Notes on vaccination in the North-West Frontier Province 1923-1928 - 1923-1928
Year: 1923
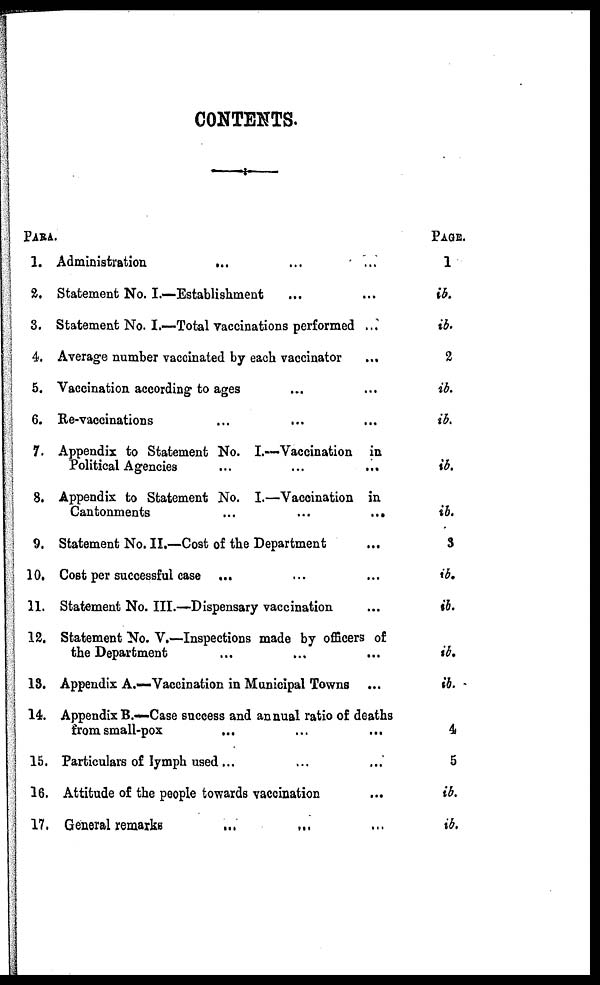
CONTENTS.
PARA.
1.
2.
3.
4.
5.
6.
7.
8.
9.
10.
11.
12.
13.
14.
15.
16.
17.
Administration
... ... ...
Statement No. I.—Establishment ... ...
Statement No. I.—Total vaccinations performed ...
Average number vaccinated by each vaccinator
...
Vaccination according to ages ... ...
Re-vaccinations ... ... ...
Appendix to Statement No. I.—Vaccination in
Political Agencies
...
...
...
Appendix to Statement No. I.—Vaccination in
Cantonments
...
...
...
Statement No. II.—Cost of the Department
Cost per successful case ... ... ...
Statement No. III.—Dispensary vaccination ...
Statement No. V.—Inspections made by officers of
the Department ... ... ...
Appendix A.—Vaccination in Municipal Towns ...
Appendix B.—Case success and annual ratio of deaths
from small-pox ... ... ...
Particulars of lymph used ... ... ...
Attitude of the people towards vaccination ...
General remarks ... ... ...
PAGE.
1
ib.
ib.
2
ib.
ib.
ib.
ib.
3
ib.
ib.
ib.
ib.
4
5
ib.
ib.